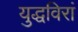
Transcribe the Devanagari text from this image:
युद्धविरां